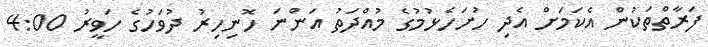
ފަރާތްތަކުން އެކަމަށް އެދި ހުށަހެޅުމުގެ މުއްދަތު އަންނަ ހޮނިހިރު ދުވަހުގެ ހަވީރު 4:00